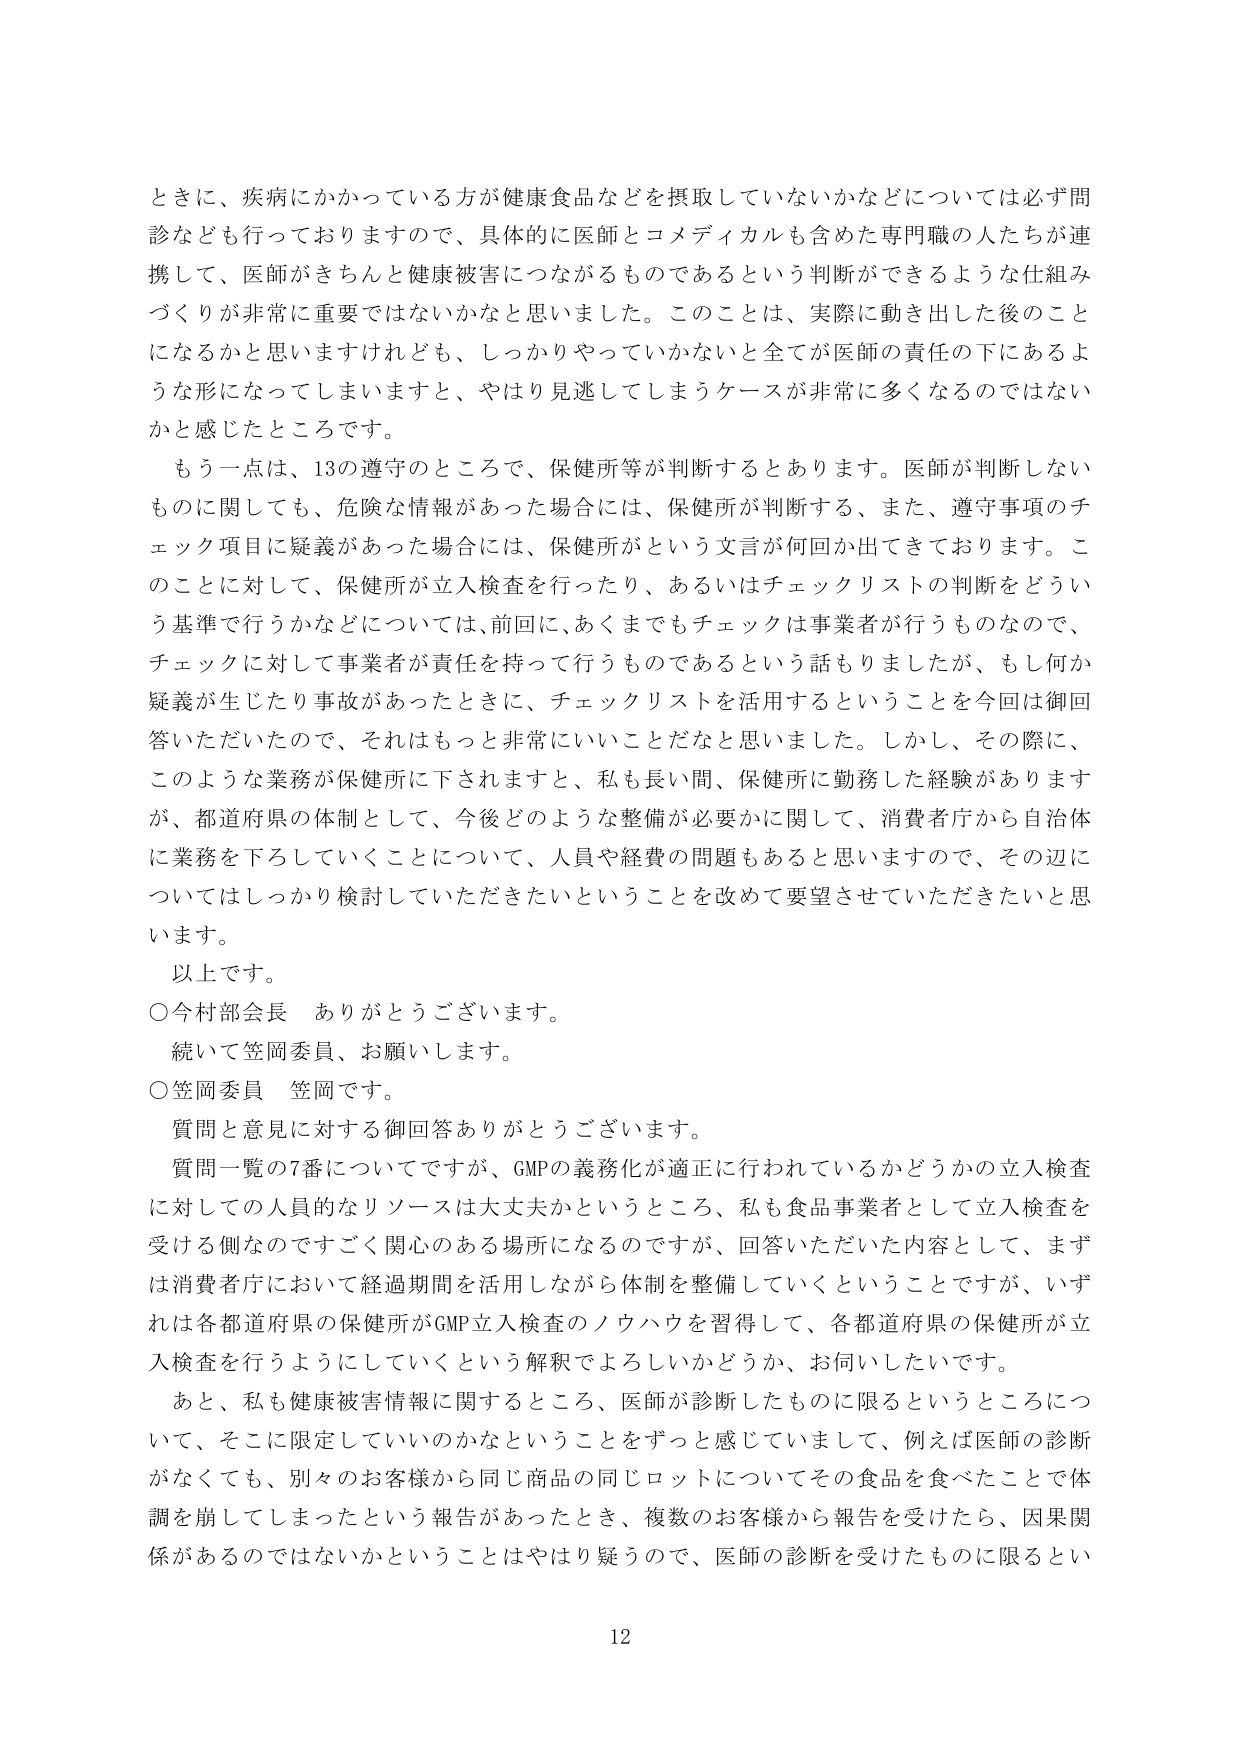
ときに、疾病にかかっている方が健康食品などを摂取していないかなどについては必ず問診なども行っておりますので、具体的に医師とコメディカルも含めた専門職の人たちが連携して、医師がきちんと健康被害につながるものであるという判断ができるような仕組みづくりが非常に重要ではないかなと思いました。このことは、実際に動き出した後のことになるかと思いますけれども、しっかりやっていかないと全てが医師の責任の下にあるような形になってしましますと、やはり見逃してしまうケースが非常に多くなるのではないかなと感じたところです。

もう一点は、13の遵守のところで、保健所等が判断するとあります。医師が判断しないものに関しても、危険な情報があった場合には、保健所が判断する、また、遵守事項のチェック項目に疑義があった場合には、保健所がという文言が何回か出てきております。このことに対して、保健所が立入検査を行ったり、あるいはチェックリストの判断をどういう基準で行うかなどについては、前回に、あくまでもチェックは事業者が行うものなので、チェックに対して事業者が責任を持って行うものであるという話もしましたが、もし何か疑義が生じたり事故があったときに、チェックリストを活用するということを今回は御回答いただいたので、それはもっと非常にいいことだなと思いました。しかし、その際に、このような業務が保健所に下されますと、私も長い間、保健所に勤務した経験がありますが、都道府県の体制として、今後どのような整備が必要かに関して、消費者庁から自治体に業務を下ろしていくことについて、人員や経費の問題もあると思いますので、その辺についてはしっかり検討していただきたいということを改めて要望させていただきたいと思います。

以上です。

○今村部会長　ありがとうございます。

続いて笠岡委員、お願いします。

○笠岡委員　笠岡です。

質問と意見に対する御回答ありがとうございます。

質問一覧の7番についてですが、GMPの義務化が適正に行われているかどうかの立入検査に対しての人員的なリソースは大丈夫かというところ、私も食品事業者として立入検査を受ける側なのですごく関心のある場所になるのですが、回答いただいた内容として、まずは消費者庁において経過期間を活用しながら体制を整備していくということですが、いずれは各都道府県の保健所がGMP立入検査のノウハウを習得して、各都道府県の保健所が立入検査を行うようにしていくという解釈でよろしいかどうか、お伺いしたいです。

あと、私も健康被害情報に関するところ、医師が診断したものに限るというところについて、そこに限定していいのかなということをずっと感じていまして、例えば医師の診断がなくても、別々のお客様から同じ商品の同じロットについてその食品を食べたことで体調を崩してしまったという報告があったとき、複数のお客様から報告を受けたら、因果関係があるのではないかということはやはり疑うので、医師の診断を受けたものに限るとい

12